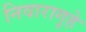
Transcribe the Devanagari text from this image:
निवारागृहे